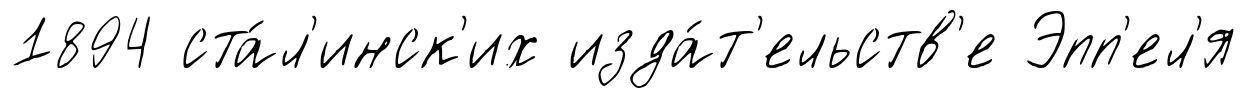
1894 ста́л'инск'их изда́т'ельств'е Эпп'ел'я